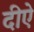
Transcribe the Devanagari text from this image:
दीऐ